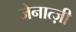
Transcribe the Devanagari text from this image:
जेनात्ज़ी